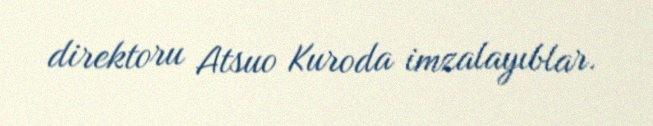
direktoru Atsuo Kuroda imzalayıblar.